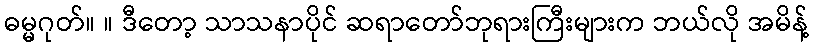
ဓမ္မဂုတ်။ ။ ဒီတော့ သာသနာပိုင် ဆရာတော်ဘုရားကြီးများက ဘယ်လို အမိန့်